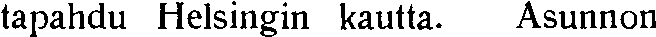
tapahdu Helsingin kautta. Asunnon